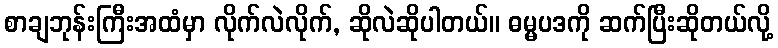
စာချဘုန်းကြီးအထံမှာ လိုက်လဲလိုက်, ဆိုလဲဆိုပါတယ်။ ဓမ္မပဒကို ဆက်ပြီးဆိုတယ်လို့